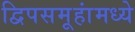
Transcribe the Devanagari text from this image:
द्विपसमूहांमध्ये